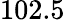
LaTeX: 102.5